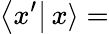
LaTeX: \left\langle x^{\prime}\right|\left.x\right\rangle=